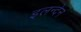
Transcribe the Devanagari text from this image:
इलन्देन